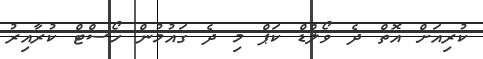
ކުރިއަށް އޮތް ދެ ވޯލްޑް ކަޕް މި ދެ ގައުމުން ހޯސްޓް ކުރާއިރު